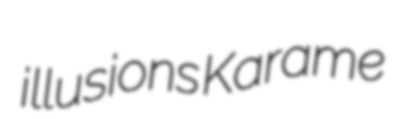
illusions Karame